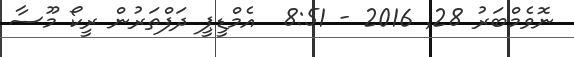
ނޮވެމްބަރު 28